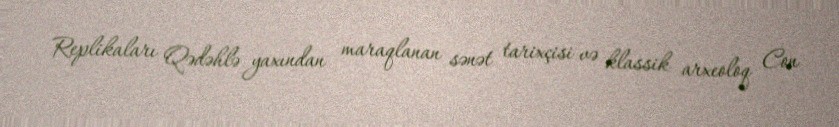
Replikaları Qədəhlə yaxından maraqlanan sənət tarixçisi və klassik arxeoloq Con